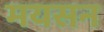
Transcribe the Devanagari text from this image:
मयसन